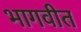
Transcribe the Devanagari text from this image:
भागवीत